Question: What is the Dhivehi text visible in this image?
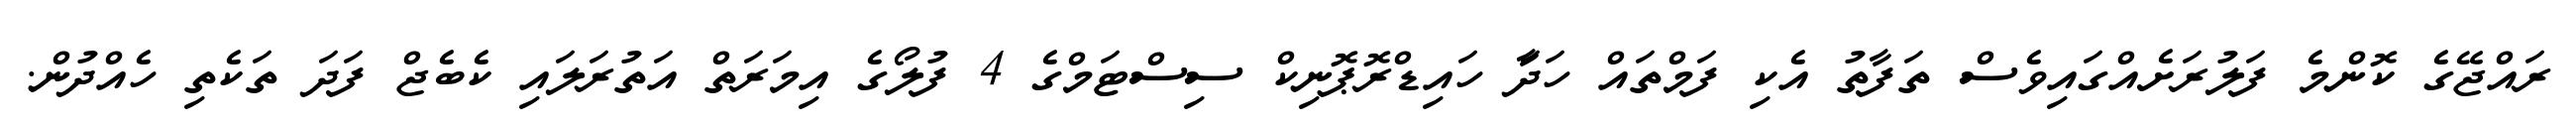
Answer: ރައްޖޭގެ ކޮންމެ ފަލުރަށެއްގައިވެސް ތަފާތު އެކި ފަމްތައް ހަދަާ ހައިޑްރޮޕޮނިކް ސިސްޓަމްގެ 4 ފުލޯގެ އިމަރަތް އަތުރަލައި ކެބެޖް ފަދަ ތަކެތި ހެއްދުން.